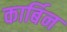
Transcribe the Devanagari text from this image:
कार्बिन